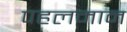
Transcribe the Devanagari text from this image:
पहलमान